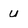
Character: u